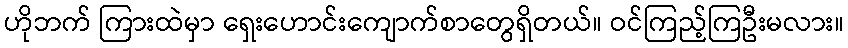
ဟိုဘက် ကြားထဲမှာ ရှေးဟောင်းကျောက်စာတွေရှိတယ်။ ဝင်ကြည့်ကြဦးမလား။